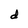
Character: d